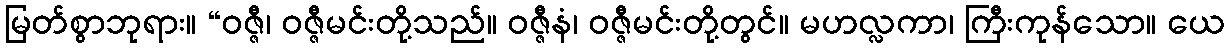
မြတ်စွာဘုရား။ “ဝဇ္ဇီ၊ ဝဇ္ဇီမင်းတို့သည်။ ဝဇ္ဇီနံ၊ ဝဇ္ဇီမင်းတို့တွင်။ မဟလ္လကာ၊ ကြီးကုန်သော။ ယေ